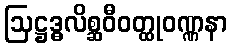
ဩဋ္ဌဒ္ဓလိစ္ဆဝီဝတ္ထုဝဏ္ဏနာ